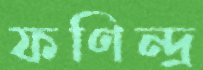
ফণিন্দ্র